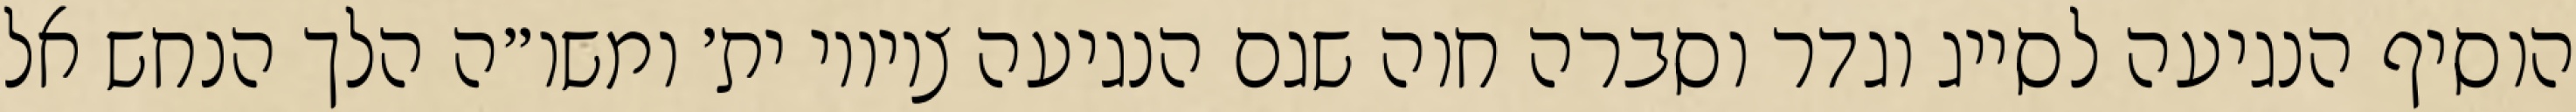
הוסיף הנגיעה לסייג וגדר וסברה חוה שגם הנגיעה ציוויו ית׳ ומשו״ה הלך הנחש אל